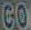
CO